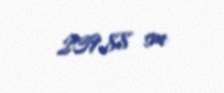
239,88 sm